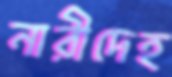
নারীদেহ